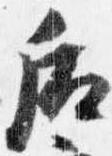
后